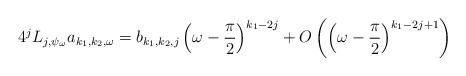
LaTeX: \begin{align*}4^j L_{j,\psi_\omega} a_{k_1,k_2,\omega}= b_{k_1,k_2,j} \left(\omega-\frac{\pi}{2}\right)^{k_1-2 j} + O\left(\left(\omega-\frac{\pi}{2}\right)^{k_1-2 j+1} \right)\end{align*}